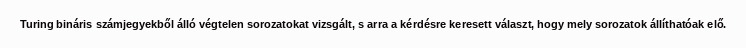
Turing bináris számjegyekből álló végtelen sorozatokat vizsgált, s arra a kérdésre keresett választ, hogy mely sorozatok állíthatóak elő.